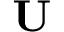
\textbf { U }